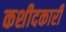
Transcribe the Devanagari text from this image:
कशीदकारी